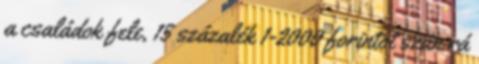
a családok fele, 15 százalék 1-2000 forintot szán rá